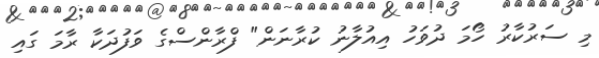
މި ސަރުކާރު ހޯމަ ދުވަހު އިއުލާނު ކުރާނަން" ފްރާންސްގެ ވަފުދަކާ ރާމަ ގައި